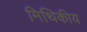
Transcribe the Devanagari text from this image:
मिथिकीय